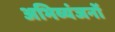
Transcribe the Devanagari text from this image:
अभिव्यंजनों